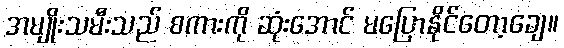
အမျိုးသမီးသည် စကားကို ဆုံးအောင် မပြောနိုင်တော့ချေ။